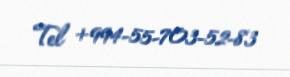
Tel +994-55-703-52-83